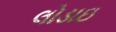
લોડાઇ